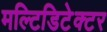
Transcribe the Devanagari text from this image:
मल्टिडिटेक्टर